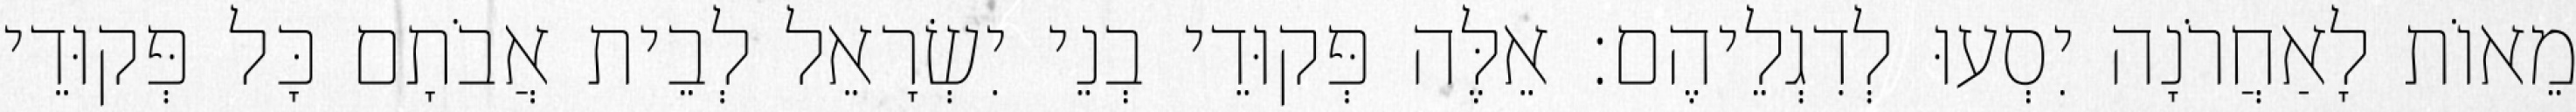
מֵאוֹת לָאַחֲרֹנָה יִסְעוּ לְדִגְלֵיהֶם׃ אֵלֶּה פְּקוּדֵי בְנֵי יִשְׂרָאֵל לְבֵית אֲבֹתָם כָּל פְּקוּדֵי